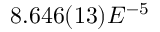
8 . 6 4 6 ( 1 3 ) E ^ { - 5 }